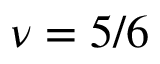
\nu = 5 / 6